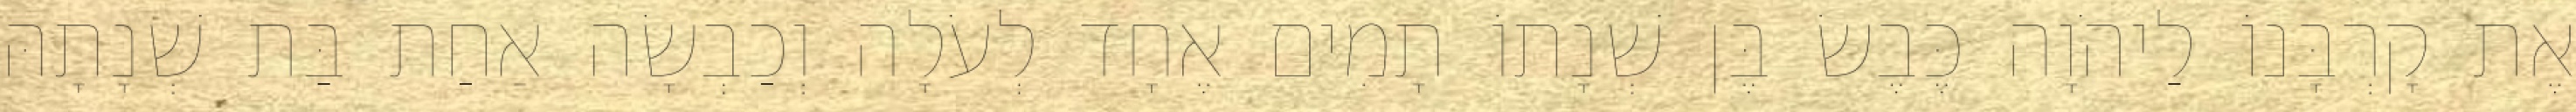
אֶת קָרְבָּנוֹ לַיהֹוָה כֶּבֶשׂ בֶּן שְׁנָתוֹ תָמִים אֶחָד לְעֹלָה וְכַבְשָׂה אַחַת בַּת שְׁנָתָהּ